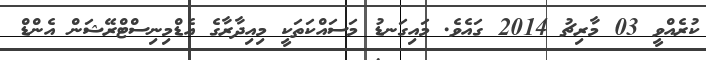
ކުރެއްވީ 03 މާރިޗު 2014 ގައެވެ. މައިގަނޑު މަސައްކަތަކީ މިއިދާރާގެ އެޑްމިނިސްޓްރޭޝަން އެންޑް